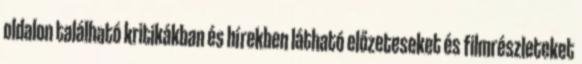
oldalon található kritikákban és hírekben látható előzeteseket és filmrészleteket